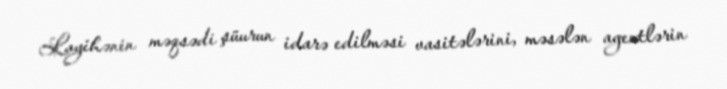
Layihənin məqsədi şüurun idarə edilməsi vasitələrini, məsələn agentlərin